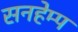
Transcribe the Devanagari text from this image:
सनहेम्प